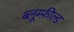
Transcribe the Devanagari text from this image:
ब्लूम्फ़ील्ड